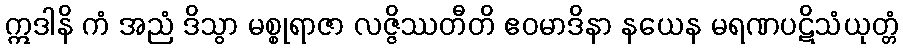
ဣဒါနိ ကံ အညံ ဒိသွာ မစ္စုရာဇာ လဇ္ဇိဿတီတိ ဧဝမာဒိနာ နယေန မရဏပဋိသံယုတ္တံ